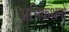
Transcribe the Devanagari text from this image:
अभिकथनों